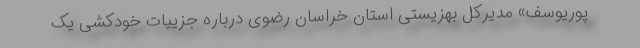
پوریوسف» مدیرکل بهزیستی استان خراسان رضوی درباره جزییات خودکشی یک